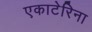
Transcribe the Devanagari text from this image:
एकाटेरिना